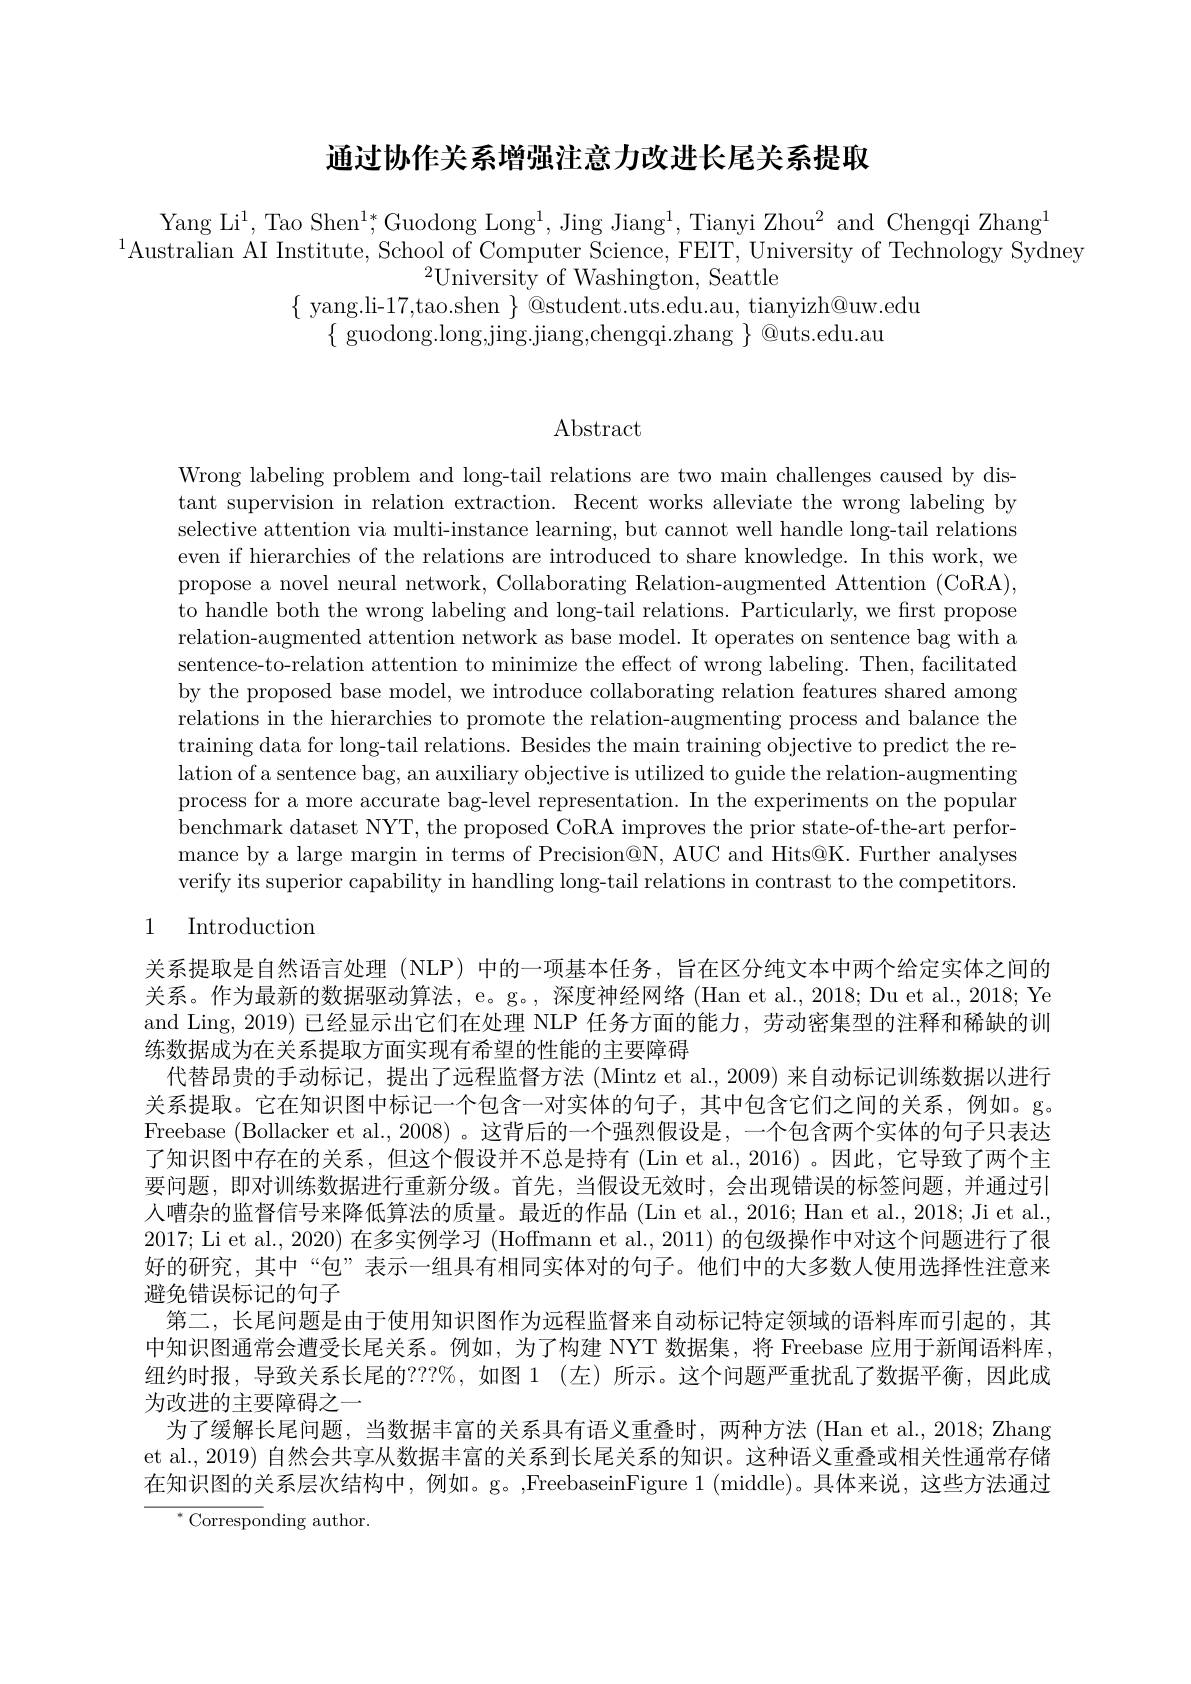
通过协作关系增强注意力改进长尾关系提取

Yang Li$^1$,Tao Shen$^1*$,Guodong Long$^1$,Jing Jiang$^1$,Tianyi Zhou$^2$ and Chengqi Zhang$^1$
$^{1}$Australian AI Institute, School of Computer Science, FEIT, University of Technology Sydney
$^{2}\bar{\text{University of Washington, Seattle}}$
$\{$ yang.li-17,tao.shen $\}$ @student.uts.edu.au, tianyizh@uw.edu
$\{{\mathrm{~guodong.long,jing.jiang,chengqi.zhang~}}\}{\mathrm{~@uts.edu.au}}$

Abstract

Wrong labeling problem and long-tail relations are two main challenges caused by distant supervision in relation extraction. Recent works alleviate the wrong labeling by selective attention via multi-instance learning, but cannot well handle long-tail relations even if hierarchies of the relations are introduced to share knowledge. In this work, we propose a novel neural network, Collaborating Relation-augmented Attention (CoRA), to handle both the wrong labeling and long-tail relations. Particularly, we first propose relation-augmented attention network as base model. It operates on sentence bag with a sentence-to-relation attention to minimize the effect of wrong labeling. Then, facilitated by the proposed base model, we introduce collaborating relation features shared among relations in the hierarchies to promote the relation-augmenting process and balance the training data for long-tail relations. Besides the main training objective to predict the relation of a sentence bag, an auxiliary objective is utilized to guide the relation-augmenting process for a more accurate bag-level representation. In the experiments on the popular benchmark dataset NYT, the proposed CoRA improves the prior state-of-the-art performance by a large margin in terms of Precision@N, AUC and Hits@K. Further analyses verify its superior capability in handling long-tail relations in contrast to the competitors.
1 Introduction

关系提取是自然语言处理 (NLP) 中的一项基本任务，旨在区分纯文本中两个给定实体之间的关系。作为最新的数据驱动算法，e。g。, 深度神经网络 (Han et al., 2018; Du et al., 2018; Ye and Ling, 2019) 已经显示出它们在处理 NLP 任务方面的能力，劳动密集型的注释和稀缺的训练数据成为在关系提取方面实现有希望的性能的主要障碍
代替昂贵的手动标记，提出了远程监督方法 (Mintz et al., 2009) 来自动标记训练数据以进行关系提取。它在知识图中标记一个包含一对实体的句子，其中包含它们之间的关系，例如。g。Freebase (Bollacker et al., 2008)。这背后的一个强烈假设是，一个包含两个实体的句子只表达了知识图中存在的关系，但这个假设并不总是持有 (Lin et al.,2016) 。因此，它导致了两个主要问题，即对训练数据进行重新分级。首先，当假设无效时，会出现错误的标签问题，并通过引人嘈杂的监督信号来降低算法的质量。最近的作品 (Lin et al., 2016; Han et al., 2018; Ji et al., 2017; Li et al., 2020) 在多实例学习 (Hoffmann et al., 2011) 的包级操作中对这个问题进行了很好的研究，其中“包”表示一组具有相同实体对的句子。他们中的大多数人使用选择性注意来避免错误标记的句子
第二，长尾问题是由于使用知识图作为远程监督来自动标记特定领域的语料库而引起的，其中知识图通常会遭受长尾关系。例如，为了构建 NYT 数据集，将 Freebase 应用于新闻语料库， 纽约时报，导致关系长尾的？??%,如图 1(左)所示。这个问题严重扰乱了数据平衡，因此成为改进的主要障碍之一
为了缓解长尾问题，当数据丰富的关系具有语义重叠时，两种方法 (Han et al.,2018; Zhang et al., 2019) 自然会共享从数据丰富的关系到长尾关系的知识。这种语义重叠或相关性通常存储在知识图的关系层次结构中，例如。g。,FreebaseinFigure 1 (middle)。具体来说，这些方法通过
${^*\text{Correspo}}$nding author.